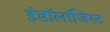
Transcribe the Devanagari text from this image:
इंडॉलॉजिस्ट